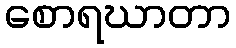
စောရဃာတာ